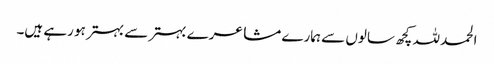
الحمد للہ کچھ سالوں سے ہمارے مشاعرے بہتر سے بہتر ہو رہے ہیں۔